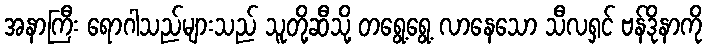
အနာကြီး ရောဂါသည်များသည် သူတို့ဆီသို့ တရွေ့ရွေ့ လာနေသော သီလရှင် ဗန်ဒိုနာကို